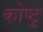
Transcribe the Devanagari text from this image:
कोष्टु